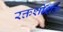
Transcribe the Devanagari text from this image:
रक्तशोशक